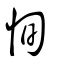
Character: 恂